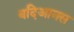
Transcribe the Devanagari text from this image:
बदिआनस